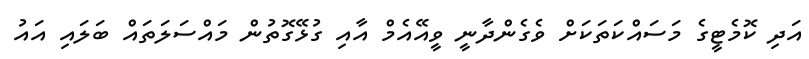
އަދި ކޮމެޓީގެ މަސައްކަތަކަށް ވެގެންދާނީ ވީއޭއެމް އާއި ގުޅޭގޮތުން މައްސަލަތައް ބަލައި އައު